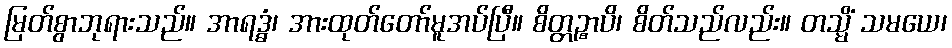
မြတ်စွာဘုရားသည်။ အာရဒ္ဓံ၊ အားထုတ်တော်မူအပ်ပြီ။ စိတ္တဉ္စာပိ၊ စိတ်သည်လည်း။ တသ္မိံ သမယေ၊